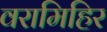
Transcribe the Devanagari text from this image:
वरामिहिर